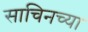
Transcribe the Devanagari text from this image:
साचिनच्या